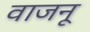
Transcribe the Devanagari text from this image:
वाजनू